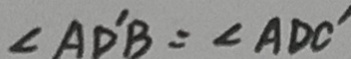
\angle A D ^ { \prime } B = \angle A D C ^ { \prime }